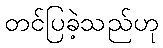
တင်ပြခဲ့သည်ဟု